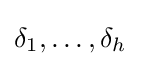
\delta _{1},\ldots ,\delta _{h}